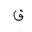
Letter: _qaf